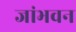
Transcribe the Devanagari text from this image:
जांभवन